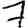
Digit: 7